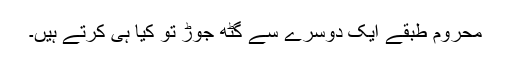
محروم طبقے ایک دوسرے سے گٹھ جوڑ تو کِیا ہی کرتے ہیں۔